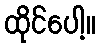
ထိုင်ပေါ့။